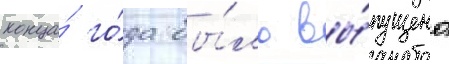
конца́ го́да бы́ло вы́пущено